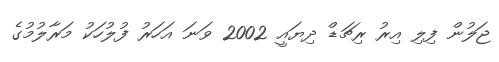
ޖަލުން ފިލި އިރު ރިޗަޑް ދިޔައީ 2002 ވަނަ އަހަރު ފުލުހަކު މަރާލުމުގެ